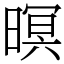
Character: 暝